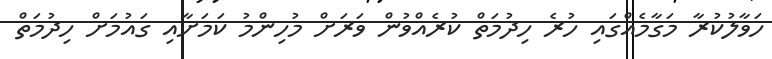
ހަވާލުކުރާ މަގާމެއްގައި ހުރެ ހިދުމަތް ކުރެއްވުން ވަރަށް މުހިންމު ކަމަށާއި ގައުމަށް ހިދުމަތް